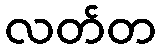
လတ်တ